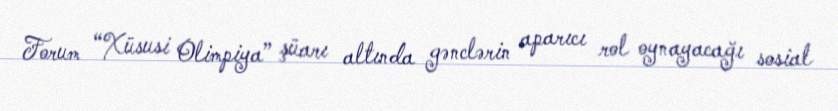
Forum “Xüsusi Olimpiya” şüarı altında gənclərin aparıcı rol oynayacağı sosial